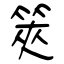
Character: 筴